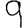
Digit: 9